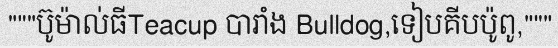
"""ប៊ូម៉ាល់ធីTeacup បារាំង Bulldog,ទៀបគីបប៉ូពូ,"""